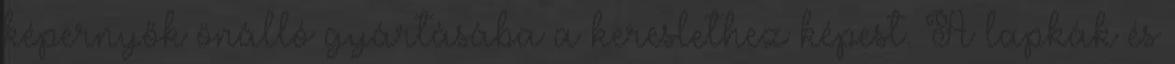
képernyők önálló gyártásába a kereslethez képest. A lapkák és